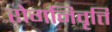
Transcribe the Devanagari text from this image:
रोगनिवृत्ति